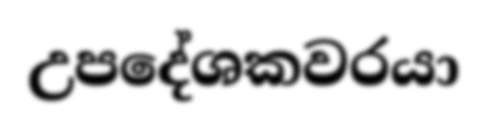
උපදේශකවරයා